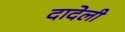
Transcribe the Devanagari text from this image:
दादेली